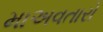
માઅવતારો